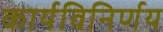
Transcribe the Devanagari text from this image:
कार्यविनिर्णय